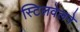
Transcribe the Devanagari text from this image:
स्टिलवेलने